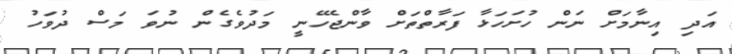
އަދި އިނާމަށް ނަން ހުށަހަޅާ ފަރާތްތަށް ވާންޖެހޭނީ މަދުވެގެން ނުވަ މަސް ދުވަހު